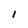
Character: l